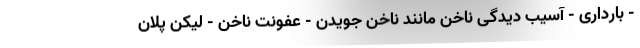
- بارداری - آسیب دیدگی ناخن مانند ناخن جویدن - عفونت ناخن - لیکن پلان